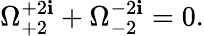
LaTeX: \Omega_{+2}^{+2\mathbf{i}}+\Omega_{-2}^{-2\mathbf{i}}=0.